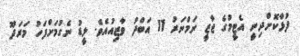
ފުޅާކޮށްދިނީ އެޓީމުގެ ޖާޒީ ނަމްނަރު 11 އަބްދު ވާޒިއުއެވެ. ލީޑު ނެގުމަށްފަހު މަރަދޫ